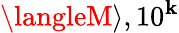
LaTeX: \langleM\rangle,10^{\mathbf{k}}